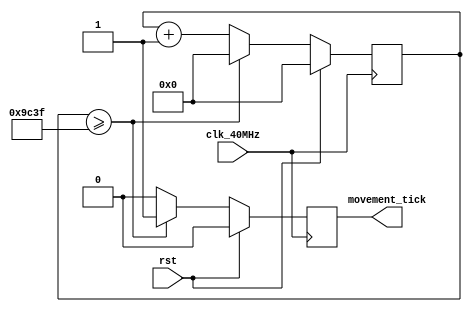
`timescale 1ns / 1ps
//////////////////////////////////////////////////////////////////////////////////
// Company: 
// Engineer: 
// 
// Design Name: 
// Module Name: char_movement_timer
// Project Name: 
// Target Devices: 
// Tool Versions: 
// Description: 
// 
// Dependencies: 
// 
// Revision:
// Revision 0.01 - File Created
// Additional Comments:
// 
//////////////////////////////////////////////////////////////////////////////////


module char_movement_timer #(parameter TIMER_CONST = 17'd40_000)
(
  input wire clk_40MHz, 
  input wire rst,
  output reg movement_tick
);

  reg movement_tick_nxt = 0;
  reg [17:0] counter, counter_nxt = 0;
  
  always @(*)
  begin
    if( counter >= (TIMER_CONST-1) ) 
      begin
        movement_tick_nxt = 1'b1;
        counter_nxt = 18'h0000;
      end
    else
      begin 
        movement_tick_nxt = 1'b0;
        counter_nxt = counter + 1;
      end
  end
  
  always@ (posedge clk_40MHz)
  begin
    if(rst)
      begin
        movement_tick <= 1'b0;
        counter <= 18'h0000;
      end
    else
      begin
        movement_tick <= movement_tick_nxt;
        counter <= counter_nxt;
      end
  end
endmodule